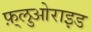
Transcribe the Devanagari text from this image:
फ़्लुओराइड